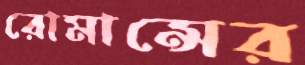
রোমান্সের